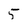
Character: 5